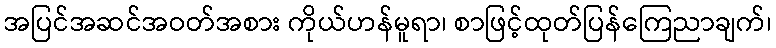
အပြင်အဆင်အဝတ်အစား ကိုယ်ဟန်မူရာ၊ စာဖြင့်ထုတ်ပြန်ကြေညာချက်၊